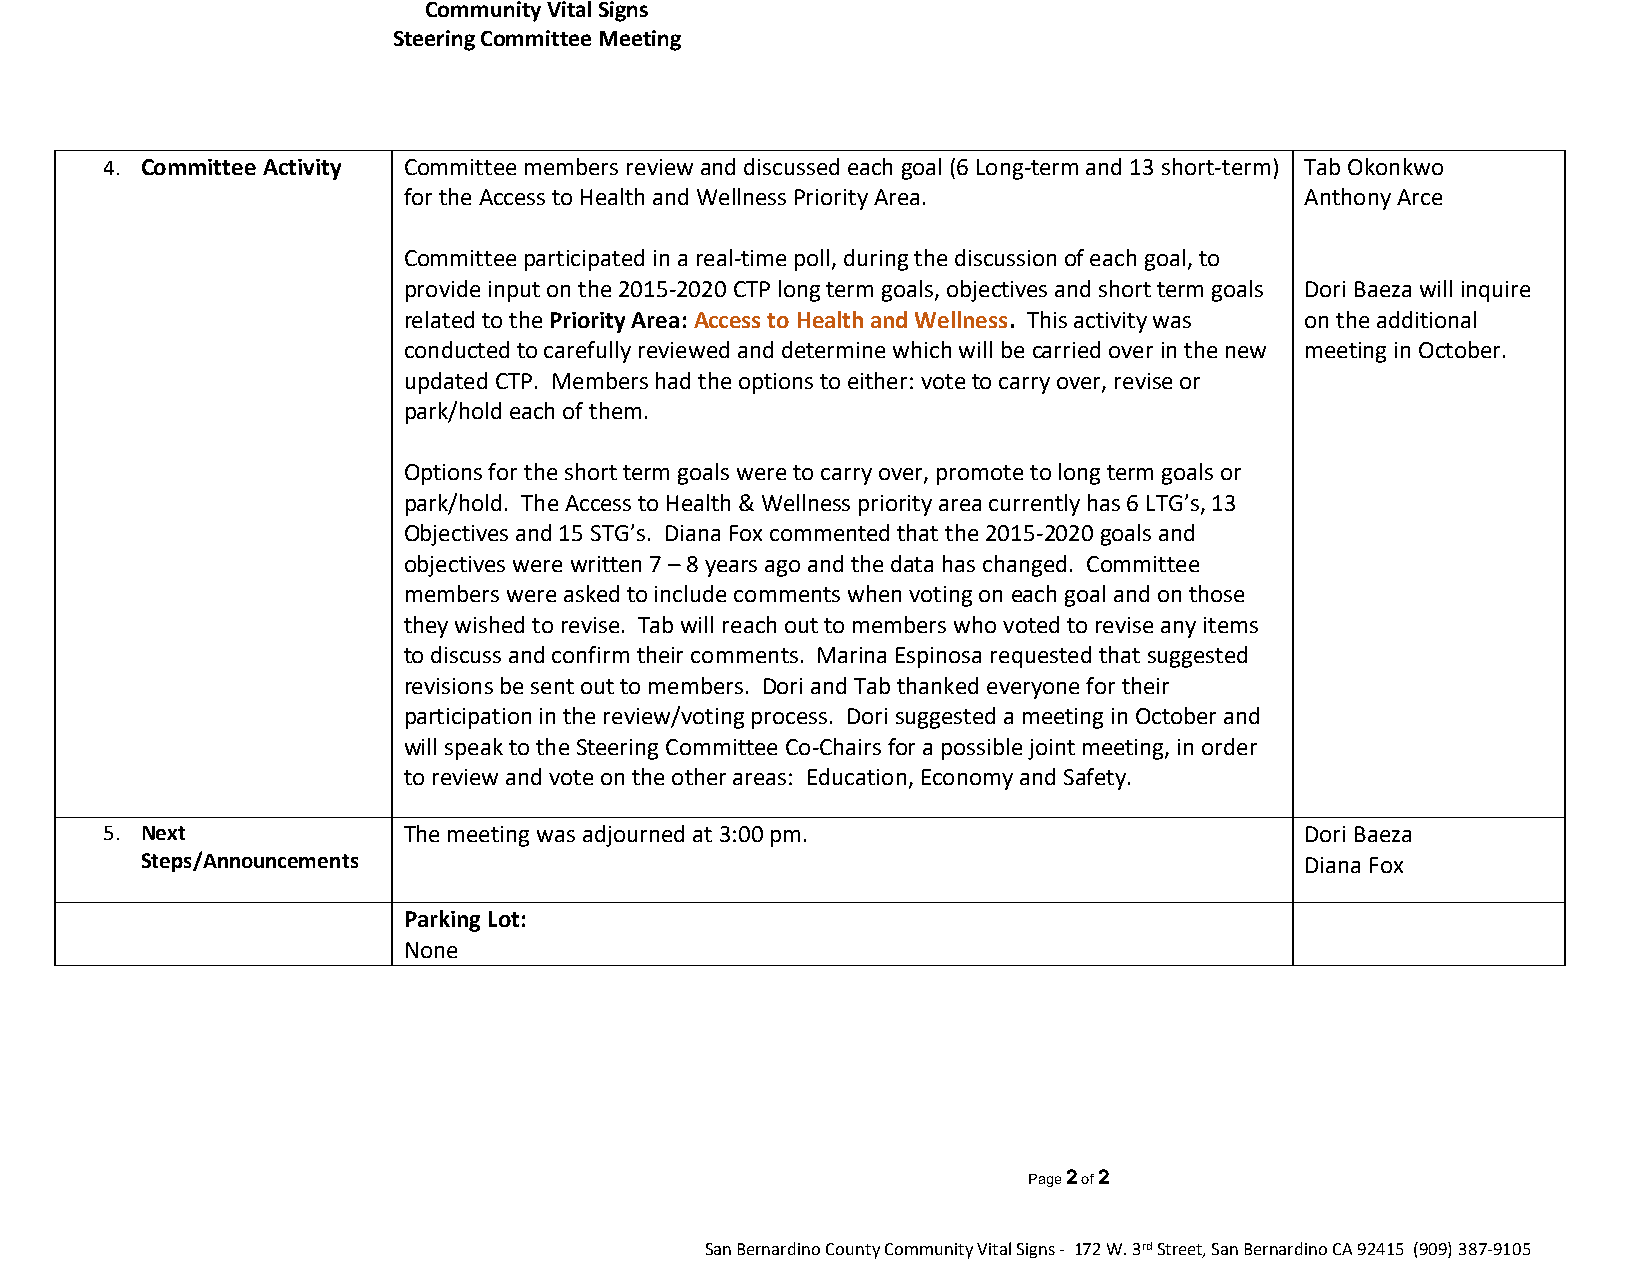
Community Vital Signs
 Steering Committee Meeting
 4. Committee Activity Committee members review and discussed each goal (6 Long-term and 13 short-term) Tab Okonkwo
 for the Access to Health and Wellness Priority Area.       Anthony Arce
 Committee participated in a real-time poll, during the discussion of each goal, to
 provide input on the 2015-2020 CTP long term goals, objectives and short term goals Dori Baeza will inquire
 related to the Priority Area: Access to Health and Wellness. This activity was on the additional
 conducted to carefully reviewed and determine which will be carried over in the new meeting in October.
 updated CTP. Members had the options to either: vote to carry over, revise or
 park/hold each of them.
 Options for the short term goals were to carry over, promote to long term goals or
 park/hold. The Access to Health & Wellness priority area currently has 6 LTG’s, 13
 Objectives and 15 STG’s. Diana Fox commented that the 2015-2020 goals and
 objectives were written 7 – 8 years ago and the data has changed. Committee
 members were asked to include comments when voting on each goal and on those
 they wished to revise. Tab will reach out to members who voted to revise any items
 to discuss and confirm their comments. Marina Espinosa requested that suggested
 revisions be sent out to members. Dori and Tab thanked everyone for their
 participation in the review/voting process. Dori suggested a meeting in October and
 will speak to the Steering Committee Co-Chairs for a possible joint meeting, in order
 to review and vote on the other areas: Education, Economy and Safety.
 5. Next             The meeting was adjourned at 3:00 pm.                      Dori Baeza
 Steps/Announcements                                                          Diana Fox
 Parking Lot:
 None
 Page 2 of 2
 San Bernardino County Community Vital Signs - 172 W. 3rd Street, San Bernardino CA 92415 (909) 387-9105